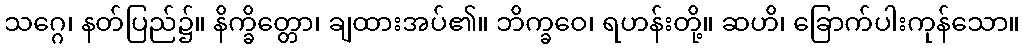
သဂ္ဂေ၊ နတ်ပြည်၌။ နိက္ခိတ္တော၊ ချထားအပ်၏။ ဘိက္ခဝေ၊ ရဟန်းတို့။ ဆဟိ၊ ခြောက်ပါးကုန်သော။